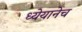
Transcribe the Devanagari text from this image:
ध्येयानेच